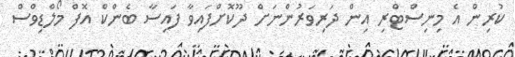
ކުރިން އެ މިނިސްޓްރި އިން ދަރިވަރުންނަށް ދޫކޮށްފައިވާ ފައިސާ ބެންކް އޮފް މޯލްޑިވްސް